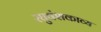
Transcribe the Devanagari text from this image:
रघुवंशकाव्य